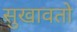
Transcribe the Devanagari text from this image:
सुखावतो